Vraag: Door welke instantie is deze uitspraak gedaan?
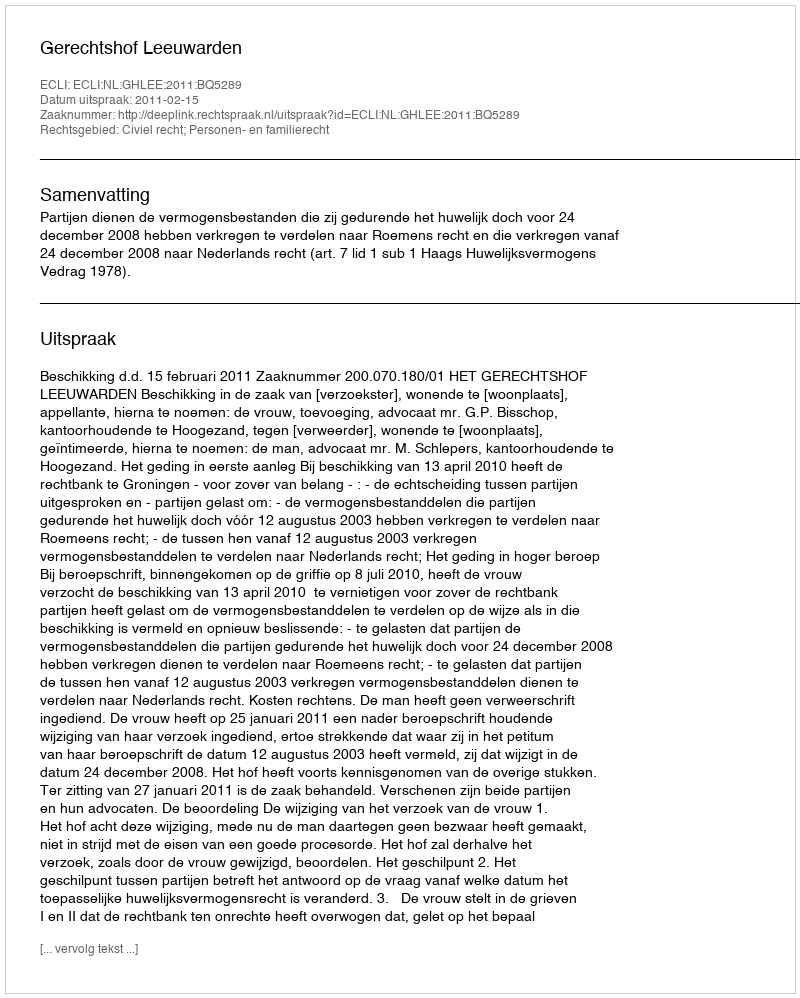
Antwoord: Gerechtshof Leeuwarden